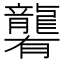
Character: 𪚞